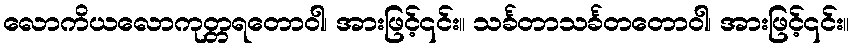
လောကိယလောကုတ္တရတောဝါ၊ အားဖြင့်၎င်း။ သင်္ခတာသင်္ခတတောဝါ၊ အားဖြင့်၎င်း။